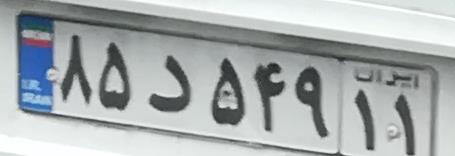
۸۵د۵۴۹۱۱